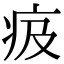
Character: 㽺